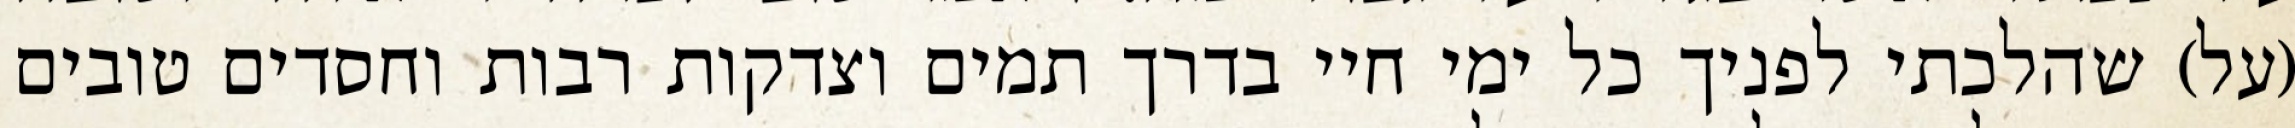
(על) שהלכתי לפניך כל ימי חיי בדרך תמים וצדקות רבות וחסדים טובים